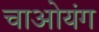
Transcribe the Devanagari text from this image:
चाओयंग